system: You are a helpful assistant.
user:
Analyze the provided spectrum to determine if it is a **S-type Star**.

- **Key Indicators for S-type Star:**

    - **(Overall Spectrum Shape):** The first and most obvious characteristic is the overall continuum (the "baseline" shape). It is **extremely "red-sloping,"** meaning the flux (light intensity) is very low on the left side (blue, ~4000-4500 Å) and rises steeply and continuously toward the right side (red, ~7000 Å+).

    - **(Primary):** The spectrum is defined by the presence of strong, broad molecular absorption "valleys" (bands) from **Zirconium Oxide (ZrO)**. The identification of these bands is the **primary requirement** for classifying a star as S-type.
        - **(Key Bandheads):** You must find distinct, deep "dips" where the light has been absorbed. The most critical band systems to locate are:
            - **~6474 Å** ($\gamma$-system): This is often the strongest and clearest ZrO feature, found in the red part of the spectrum.
            - **~5718 Å** & **~5551 Å** ($\beta$-system): A pair of prominent absorption features in the yellow-orange part of the spectrum.
            - **~4640 Å** ($\alpha$-system): A key absorption band system in the blue-green region of the spectrum.

    - **(Secondary Confirmation):** The classification is strengthened by finding additional absorption bands from other related heavy element oxides, which are expected to be present alongside ZrO.
        - **(Key Bandheads):**
            - **Yttrium Oxide (YO):** Look for absorption dips near **~4800 Å** and **~6100 Å**.
            - **Lanthanum Oxide (LaO):** Additional absorption features, particularly in the red-orange part of the spectrum, are also characteristic.

    - **(Line Profile):** The combination of the steep red continuum and these numerous, deep molecular bands (ZrO, YO, etc.) gives the entire spectrum a very **"chopped-up"** or **"bumpy"** appearance. Instead of a smooth curve, the spectrum looks as though large, wide chunks of light have been "carved out" of it at the specific wavelengths listed above.

Think first, call **spectral_visualization_tool** if needed to examine features in detail, then provide your final answer. Your response must adhere to the following strict rules:
1.  **Overall Structure:** Your response must follow the format `<think>...</think> <tool_call>...</tool_call> (if a tool is used) <answer>...</answer>`.
2.  **Tool Usage Constraint:** You may only make **one** tool call per turn.
3.  **Final Answer Format:** In the `<answer>` tag, your conclusion must be inside a `\boxed{}` command (e.g., `\boxed{YES}` or `\boxed{NO}`), followed by your justification.

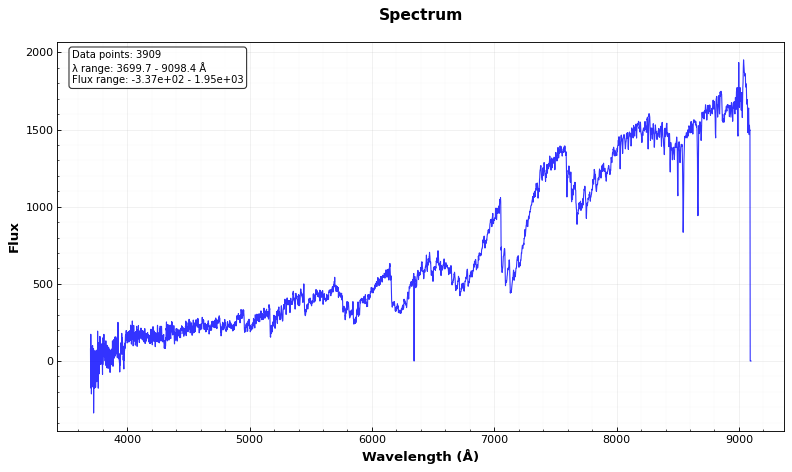
Answer: YES